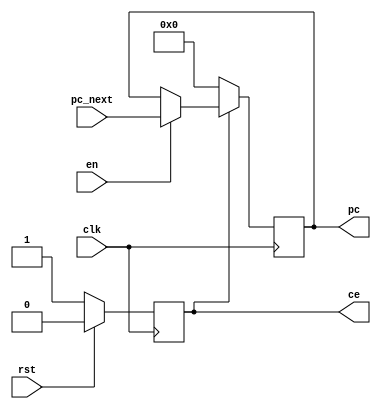
module pc #(parameter WIDTH=8)(
    input clk,en,rst,
    input [WIDTH-1:0] pc_next,
    output reg [ WIDTH-1:0] pc,
    output reg ce
);
    always @(posedge clk) begin
        if(rst) begin
            ce <= 0;
        end
        else begin
            ce <= 1;
        end
    end

    always @(posedge clk) begin
        if(!ce) begin
            pc <= 32'hbfc00000;
        end
        else if(en) begin
            pc <= pc_next;
        end
    end
endmodule